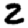
Digit: 2